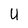
Character: U